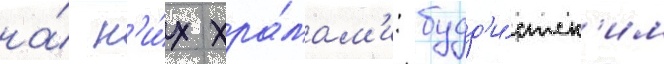
на́ н'и́х хра́мам'и: будд'и́стск'им